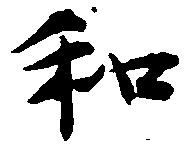
和